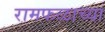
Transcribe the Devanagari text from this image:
रामफळाच्या